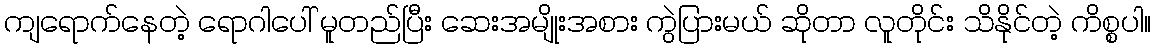
ကျရောက်နေတဲ့ ရောဂါပေါ် မူတည်ပြီး ဆေးအမျိုးအစား ကွဲပြားမယ် ဆိုတာ လူတိုင်း သိနိုင်တဲ့ ကိစ္စပါ။